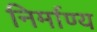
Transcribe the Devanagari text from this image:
निर्माण्य